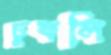
ঢুকলি